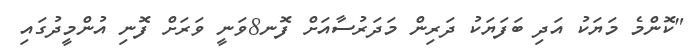
"ކޮންމެ މަޔަކު އަދި ބަފަޔަކު ދަރިން މަދަރުސާއަށް ފޮނ8ވަނީ ވަރަށް ފޮނި އުންމީދުގައި